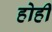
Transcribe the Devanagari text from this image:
होही